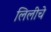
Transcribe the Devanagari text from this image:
लिलीचे